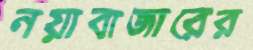
নয়াবাজারের